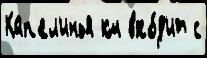
Кап'ел'инья км вхо́д'ит с